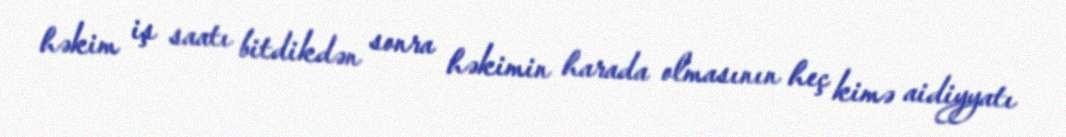
həkim iş saatı bitdikdən sonra həkimin harada olmasının heç kimə aidiyyatı